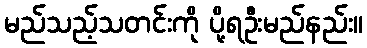
မည်သည့်သတင်းကို ပို့ရဦးမည်နည်း။